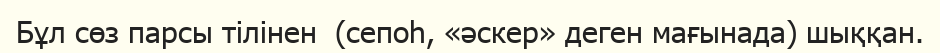
Бұл сөз парсы тілінен  (сепоһ, «әскер» деген мағынада) шыққан.